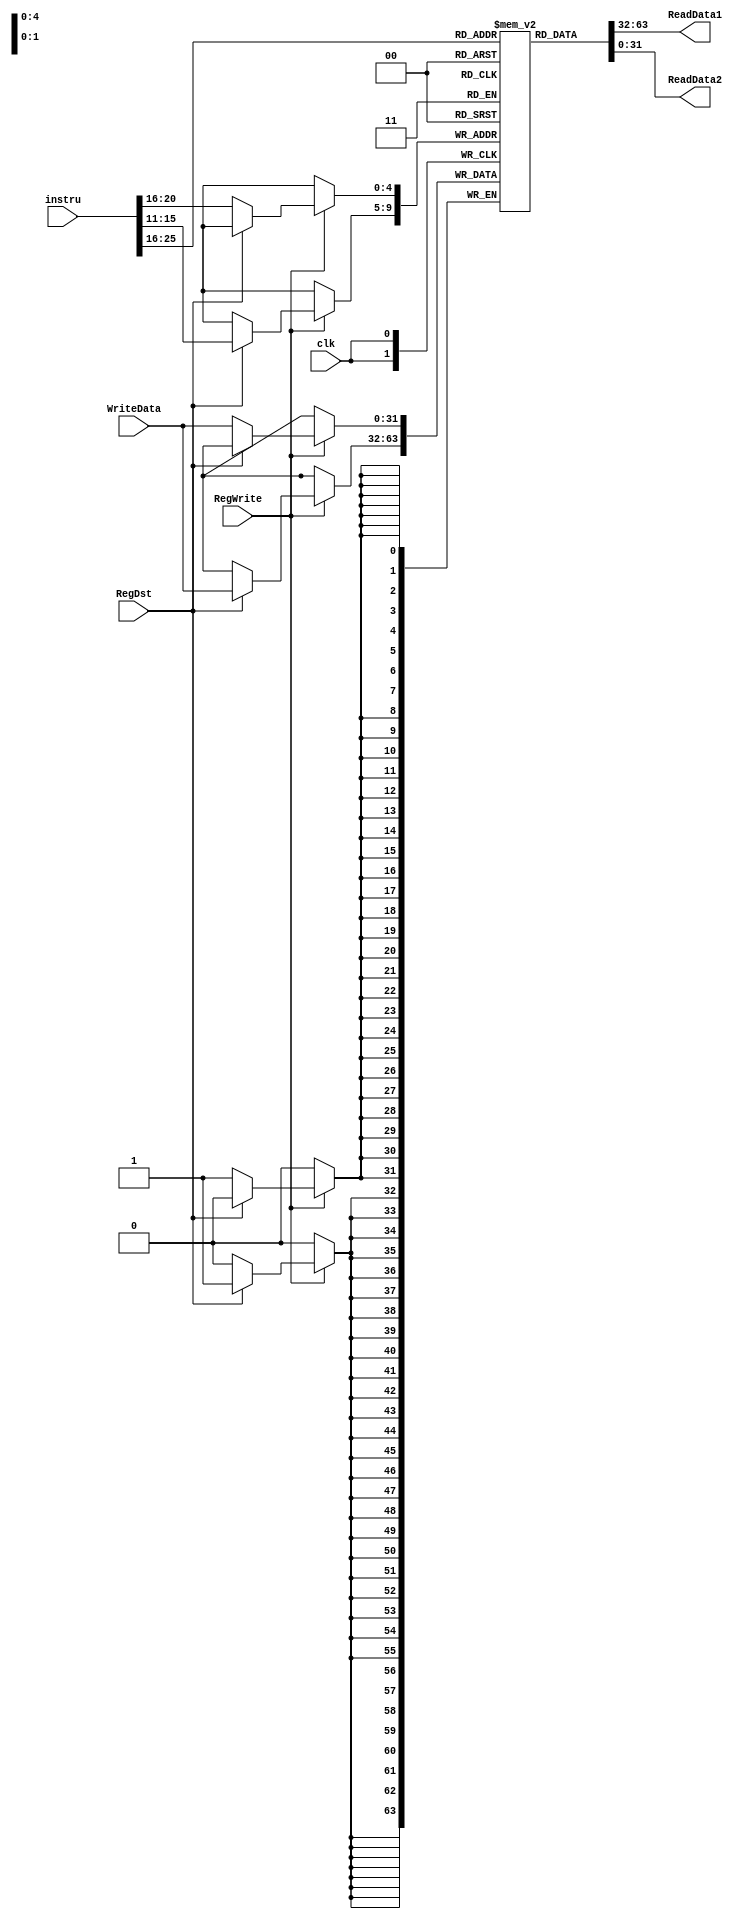
`timescale 1ns / 1ps

module register(
  input clk,
  input [31:0] instru, // the raw 32-bit instruction
  input RegWrite,
  input RegDst,
  input [31:0] WriteData, // from WB stage
  // input [4:0] WriteReg,
  output [31:0] ReadData1,
  output [31:0] ReadData2
);

  reg [31:0] RegData [31:0]; // register data
  
  // initialize the regester data
  integer i;
  initial begin
    for(i=0;i<32;i=i+1) begin
      RegData[i] = 32'b0;
    end
  end

  assign ReadData1 = RegData[instru[25:21]];
  assign ReadData2 = RegData[instru[20:16]];
  
  // no need
  // always @(*) begin
  //   if(WriteReg==instru[25:21] && RegWrite==1) begin
  //     ReadData1 = WriteData;
  //   end else begin
  //     ReadData1 = RegData[instru[25:21]];
  //   end
    
  //   if(WriteReg==instru[20:16] && RegWrite==1) begin
  //     ReadData2 = WriteData;
  //   end else begin
  //     ReadData2 = RegData[instru[20:16]];
  //   end
  // end

  always @(posedge clk) begin // RegWrite, RegDst, WriteData, instru)
    if (RegWrite == 1'b1) begin
      // $display("Reg_WriteData: 0x%H",WriteData);
      if (RegDst == 1'b0) begin
        RegData[instru[20:16]] = WriteData;
      end else begin
        RegData[instru[15:11]] = WriteData;
      end
    end
  end



endmodule